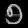
Digit: ၅